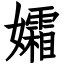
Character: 孀